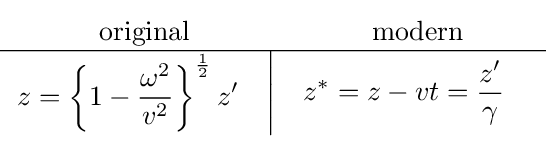
{\begin{matrix}{\text{original}}&{\text{modern}}\\\hline \left.{\begin{aligned}z&=\left\{1-{\frac {\omega ^{2}}{v^{2}}}\right\}^{\frac {1}{2}}z'\end{aligned}}\right|&{\begin{aligned}z^{\ast }=z-vt&={\frac {z'}{\gamma }}\end{aligned}}\end{matrix}}